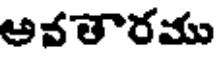
అవతారము